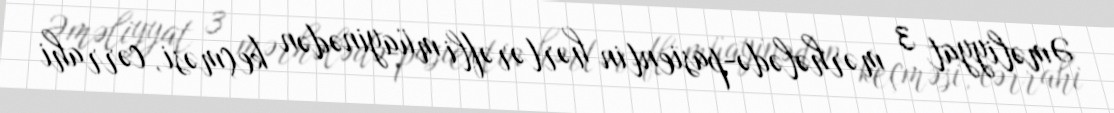
Əməliyyat 3 mərhələdə-pasientin hərtərəfli müayinədən keçməsi, cərrahi